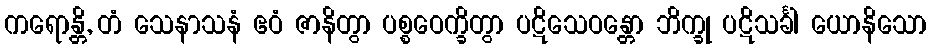
ကရောန္တိ, တံ သေနာသနံ ဧဝံ ဇာနိတွာ ပစ္စဝေက္ခိတွာ ပဋိသေဝန္တော ဘိက္ခု ပဋိသင်္ခါ ယောနိသော